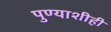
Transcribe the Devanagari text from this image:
पुण्याशीही